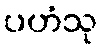
ပဟံသု